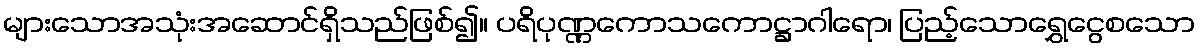
များသောအသုံးအဆောင်ရှိသည်ဖြစ်၍။ ပရိပုဏ္ဏကောသကောဋ္ဌာဂါရော၊ ပြည့်သောရွှေငွေစသော